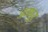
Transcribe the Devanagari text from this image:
जजपूर